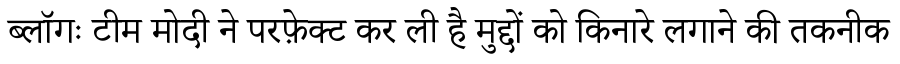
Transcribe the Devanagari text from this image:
ब्लॉगः टीम मोदी ने परफ़ेक्ट कर ली है मुद्दों को किनारे लगाने की तकनीक